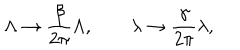
\Lambda \rightarrow { \frac { \beta } { 2 \pi } } \Lambda , \quad \quad \lambda \rightarrow { \frac { \gamma } { 2 \pi } } \lambda ,